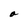
Character: a